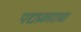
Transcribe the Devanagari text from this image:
पद्यप्रकाराचा